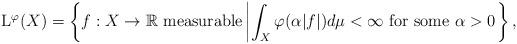
LaTeX: \begin{align*}\mathrm{L}^{\varphi}(X)=\left\{f:X\rightarrow\mathbb{R}\ \mbox{measurable}\left|\int_X\varphi(\alpha |f|)d\mu<\infty\ \mbox{for some}\ \alpha>0\right.\right\},\end{align*}